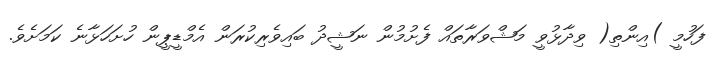
ފަހުމީ )އިންތި( ވިދާޅުވީ މަޝްވަރާތައް ފެށުމުން ނަޝީދު ބައިވެރިކުރަން އެމްޑީޕީން ހުށަހަޅާނެ ކަަމަށެވެ.